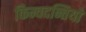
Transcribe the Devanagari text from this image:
किम्वदन्तियों